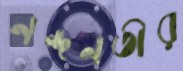
নন্দনতীর